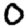
Digit: 0